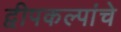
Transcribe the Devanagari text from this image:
द्वीपकल्पांचे